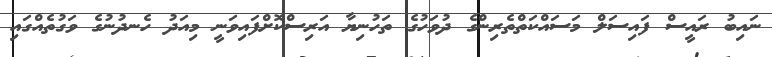
ނައިބު ރައީސް ފައިސަލް މަސައްކަތްތެރިންގެ ދުވަހުގެ ތަހުނިޔާ އަރިސްކޮށްފައިވަނީ މިއަދު ހެނދުނުގެ ވަގުތެއްގައި